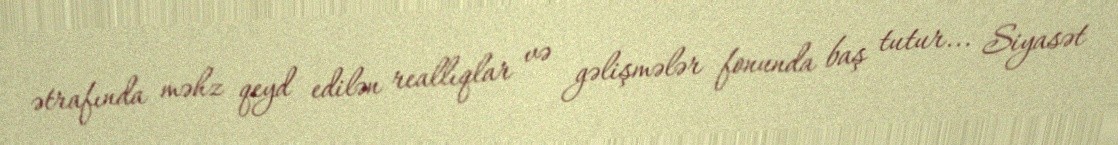
ətrafında məhz qeyd edilən reallıqlar və gəlişmələr fonunda baş tutur... Siyasət